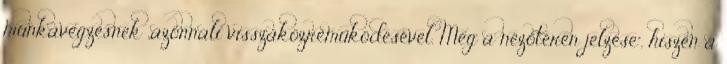
munkavégzésnek „azonnali visszaközreműködésével. Még a nézőtéren jelzése”, hiszen a